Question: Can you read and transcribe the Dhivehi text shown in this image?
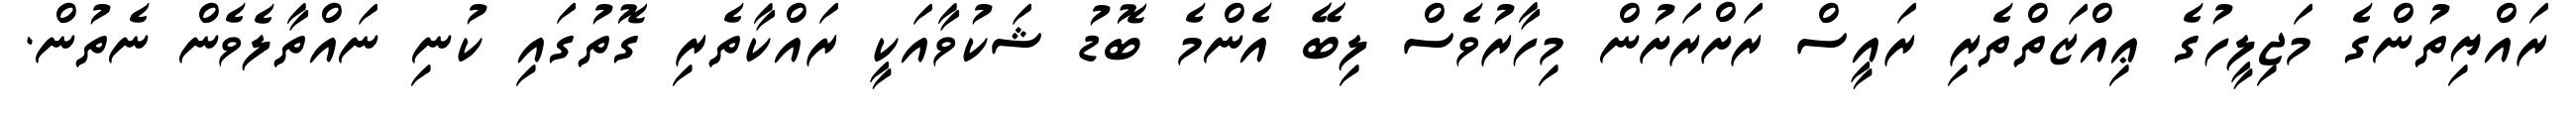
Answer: ރައްޔިތުންގެ މަޖިލީހުގެ ޢިއްޒަތްތެރި ރައީސް ރަށްރަށުން މިހާރުވެސް ލިބޭ އެންމެ ބޮޑު ޝަކުވާއަކީ ރައްކާތެރި ގޮތުގައި ކުނި ނައްތާލެވެން ނެތުން.